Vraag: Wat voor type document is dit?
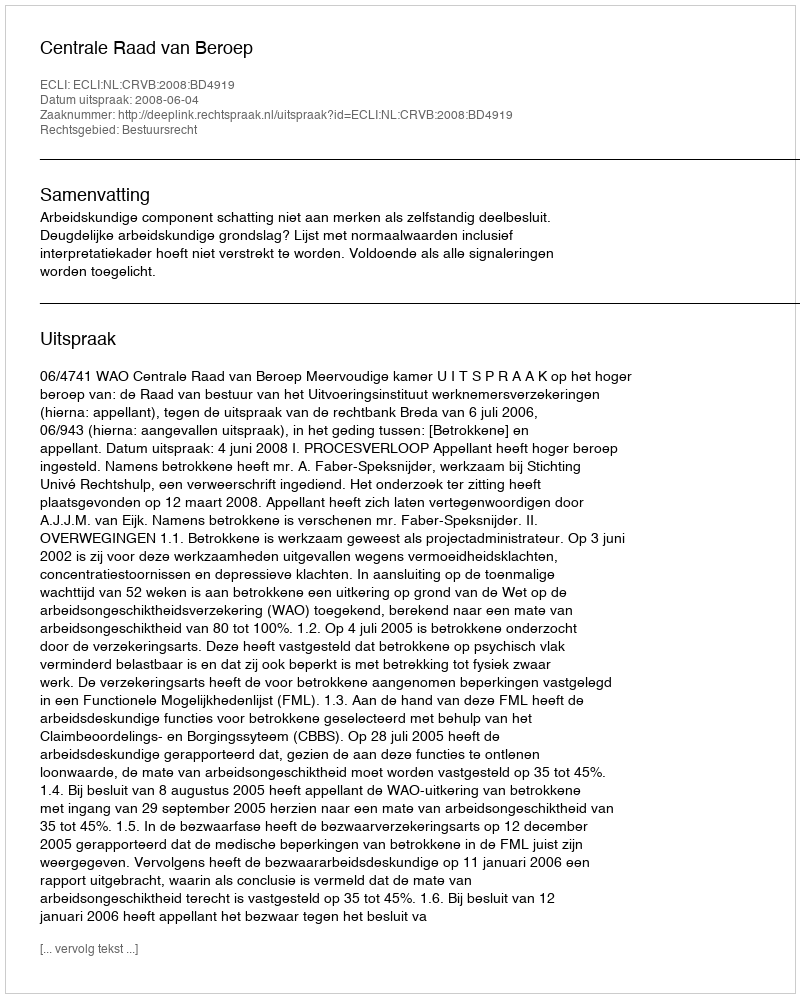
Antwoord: Uitspraak